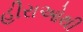
હીરાઓથી